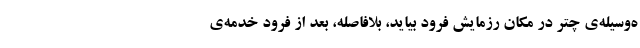
ه‌وسیله‌ی چتر در مکان رزمایش فرود بیاید، بلافاصله، بعد از فرود خدمه‌ی